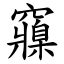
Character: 䆿